Problem: 10 ÷ 5 = ?
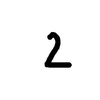
Handwritten answer: 2